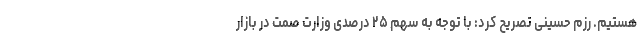
هستیم. رزم حسینی تصریح کرد: با توجه به سهم ۲۵ درصدی وزارت صمت در بازار